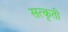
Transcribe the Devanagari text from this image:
सत्कृती